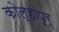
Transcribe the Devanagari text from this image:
कोल्हापूर्